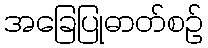
အခြေပြုဓာတ်စဉ်